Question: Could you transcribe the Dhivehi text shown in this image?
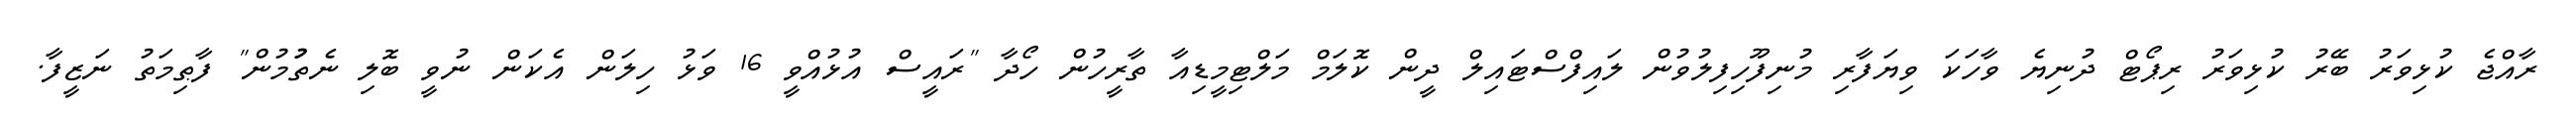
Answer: ރާއްޖެ ކުޅިވަރު ބޭރު ކުޅިވަރު ރިޕޯޓް ދުނިޔެ ވާހަކަ ވިޔަފާރި މުނިފޫހިފިލުވުން ލައިފްސްޓައިލް ދީން ކޮލަމް މަލްޓިމީޑިއާ ތާރީހުން ހޯދާ "ރައީސް އުޅުއްވީ 16 ވަޅު ހިލަން އެކަން ނުވީ ބޮލި ނެތުުމުން" ފާޠިމަތު ނަޒީފާ.